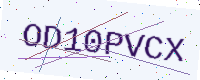
Text: OD10PVCX